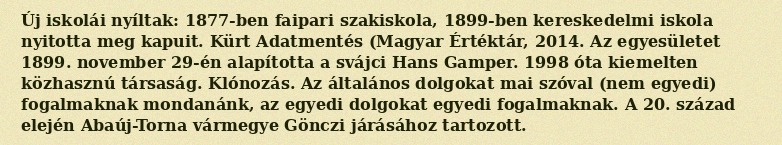
Új iskolái nyíltak: 1877-ben faipari szakiskola, 1899-ben kereskedelmi iskola nyitotta meg kapuit. Kürt Adatmentés (Magyar Értéktár, 2014. Az egyesületet 1899. november 29-én alapította a svájci Hans Gamper. 1998 óta kiemelten közhasznú társaság. Klónozás. Az általános dolgokat mai szóval (nem egyedi) fogalmaknak mondanánk, az egyedi dolgokat egyedi fogalmaknak. A 20. század elején Abaúj-Torna vármegye Gönczi járásához tartozott.